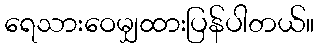
ရေသားဝေမျှထားပြန်ပါတယ်။